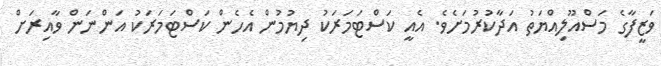
ވަޒީފާގެ މަސްއޫލިއްޔަތު އަދާކުރުމަށެވެ. އެއީ ކަސްޓަމަރަކު ދިޔުމުން އެހެން ކަސްޓަމަރަކު އަންނަން ވާއިރަށް